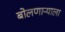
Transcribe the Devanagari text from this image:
बोलणाऱ्याला